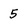
Character: 5